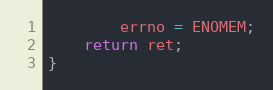
Language: C
        errno = ENOMEM;
    return ret;
}